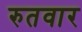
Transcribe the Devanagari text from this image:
रुतवार